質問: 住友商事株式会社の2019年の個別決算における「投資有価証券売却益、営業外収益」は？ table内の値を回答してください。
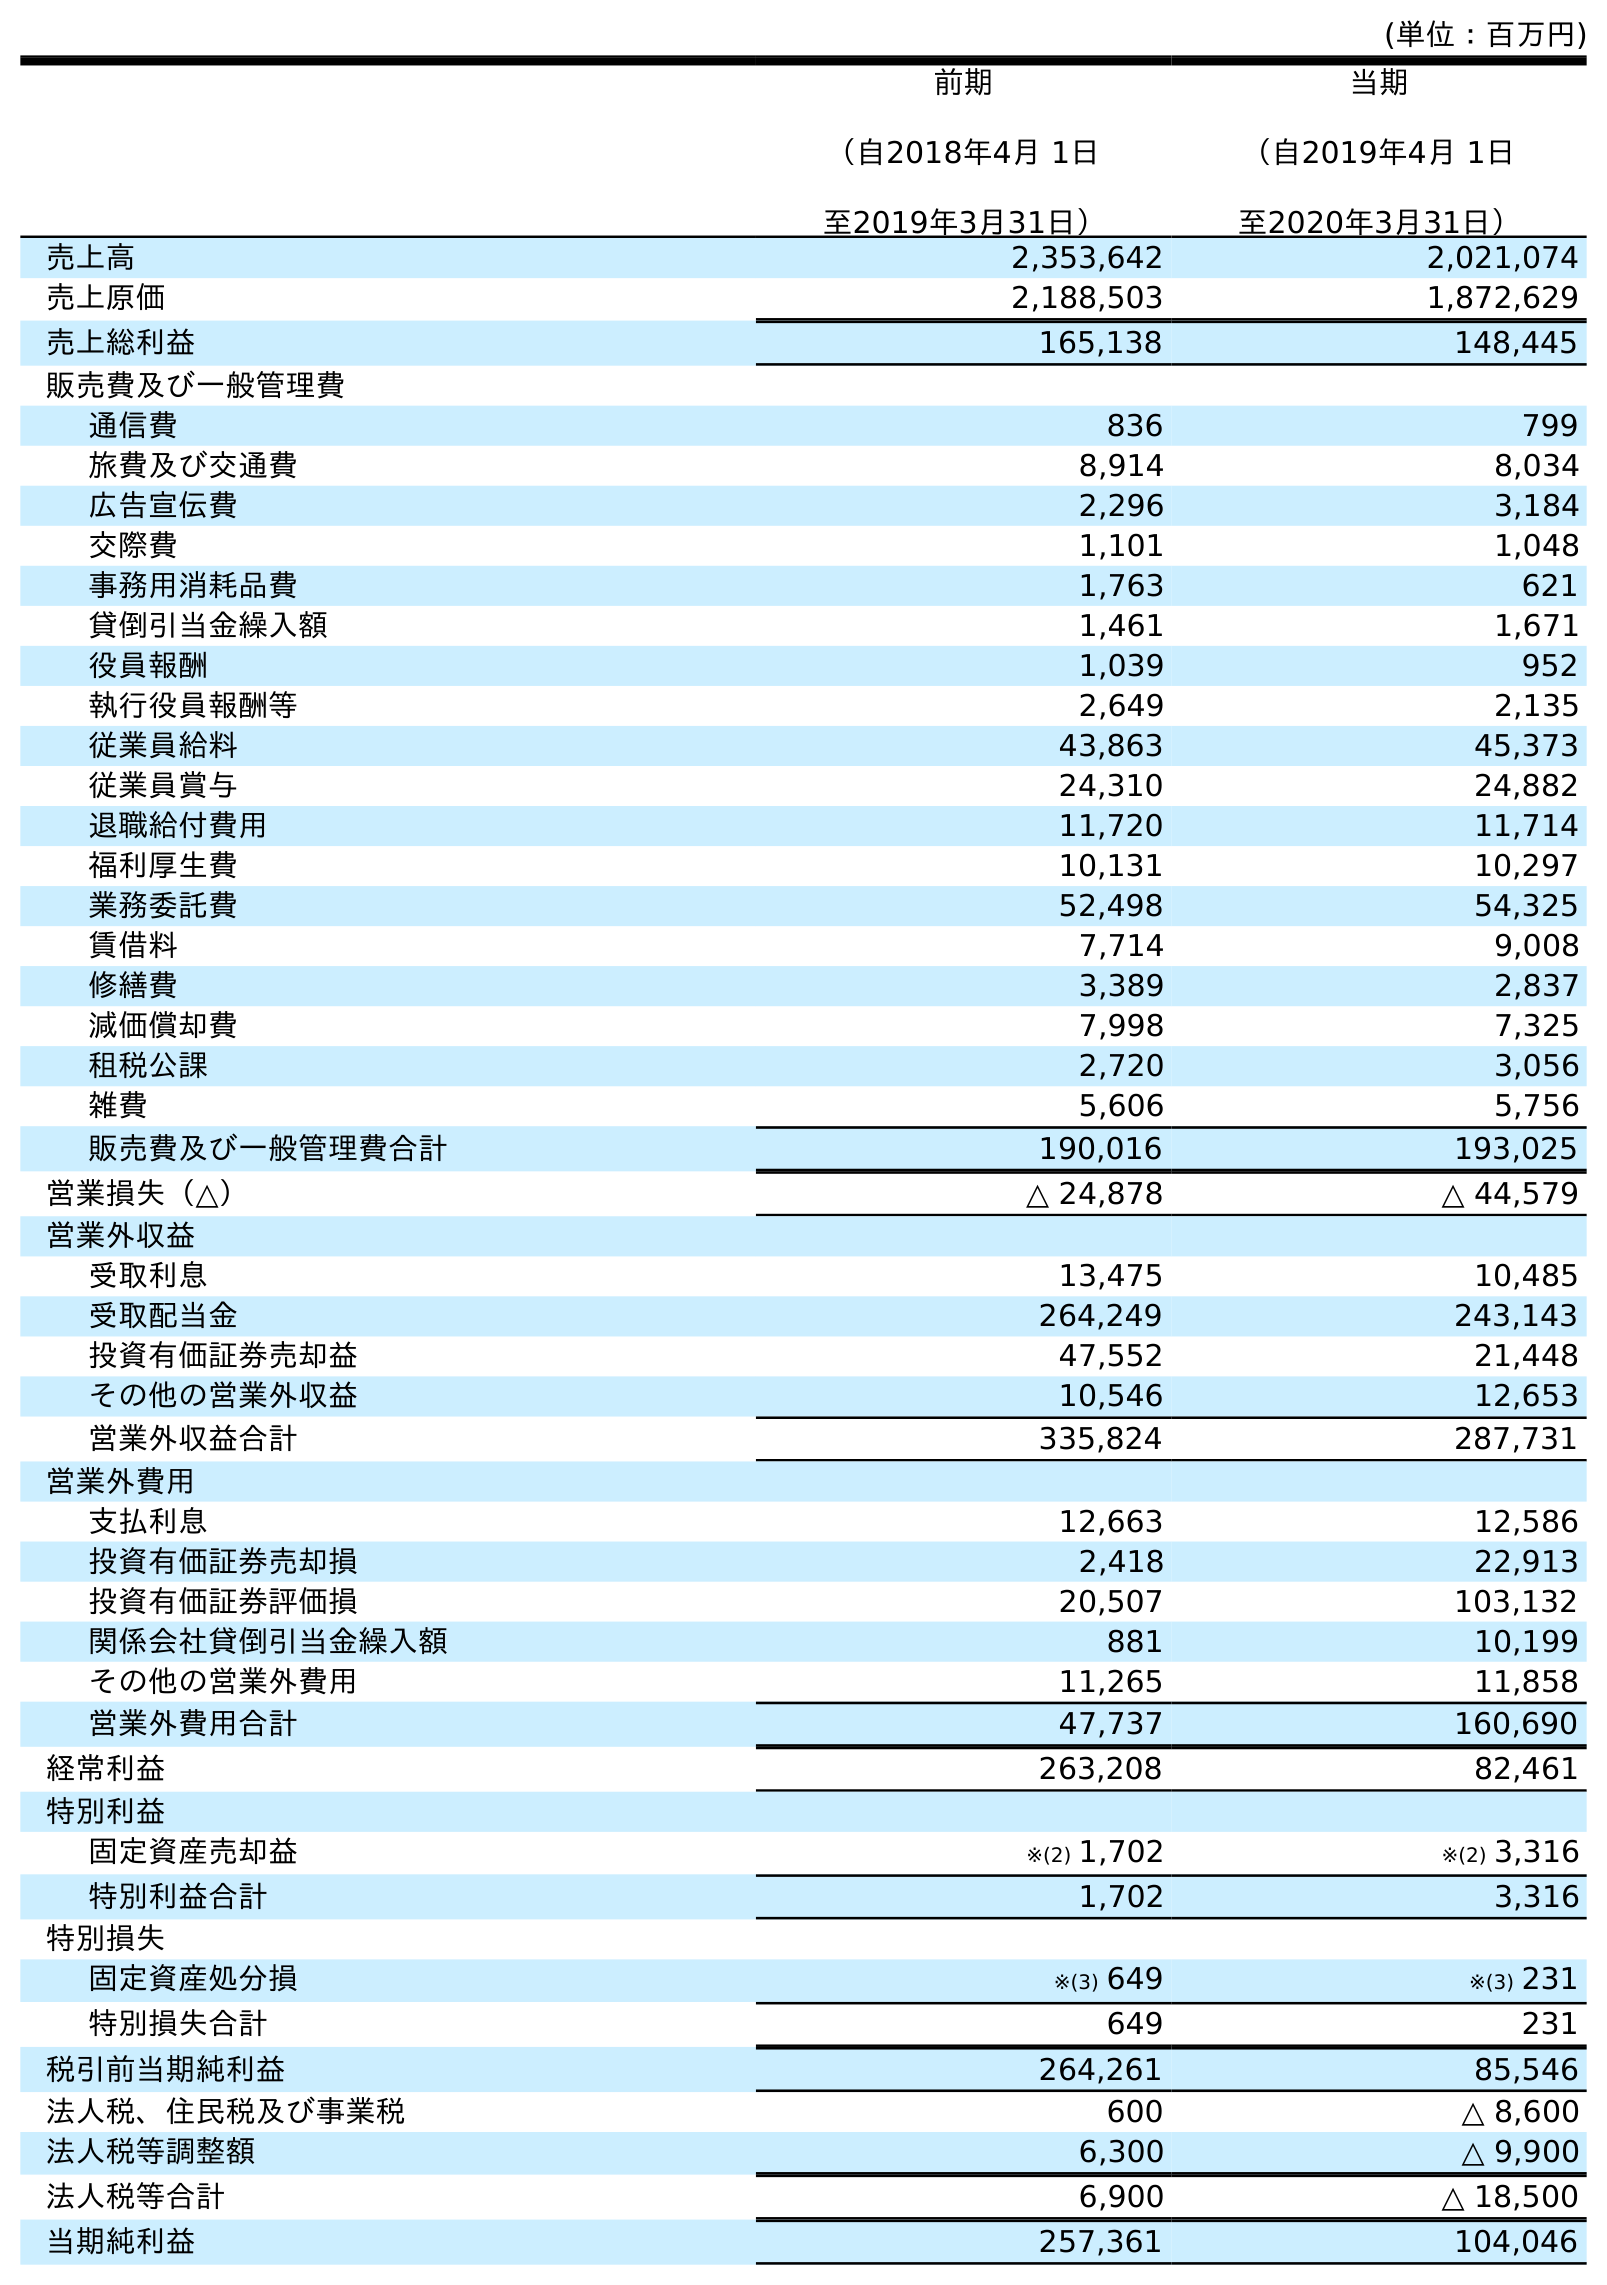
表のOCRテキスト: (単位：百万円) 前期 （自2018年4月 1日 至2019年3月31日） 当期 （自2019年4月 1日 至2020年3月31日） 売上高 2,353,642 2,021,074 売上原価 2,188,503 1,872,629 売上総利益 165,138 148,445 販売費及び一般管理費 通信費 836 799 旅費及び交通費 8,914 8,034 広告宣伝費 2,296 3,184 交際費 1,101 1,048 事務用消耗品費 1,763 621 貸倒引当金繰入額 1,461 1,671 役員報酬 1,039 952 執行役員報酬等 2,649 2,135 従業員給料 43,863 45,373 従業員賞与 24,310 24,882 退職給付費用 11,720 11,714 福利厚生費 10,131 10,297 業務委託費 52,498 54,325 賃借料 7,714 9,008 修繕費 3,389 2,837 減価償却費 7,998 7,325 租税公課 2,720 3,056 雑費 5,606 5,756 販売費及び一般管理費合計 190,016 193,025 営業損失（△） △ 24,878 △ 44,579 営業外収益 受取利息 13,475 10,485 受取配当金 264,249 243,143 投資有価証券売却益 47,552 21,448 その他の営業外収益 10,546 12,653 営業外収益合計 335,824 287,731 営業外費用 支払利息 12,663 12,586 投資有価証券売却損 2,418 22,913 投資有価証券評価損 20,507 103,132 関係会社貸倒引当金繰入額 881 10,199 その他の営業外費用 11,265 11,858 営業外費用合計 47,737 160,690 経常利益 263,208 82,461 特別利益 固定資産売却益 ※(2) 1,702 ※(2) 3,316 特別利益合計 1,702 3,316 特別損失 固定資産処分損 ※(3) 649 ※(3) 231 特別損失合計 649 231 税引前当期純利益 264,261 85,546 法人税、住民税及び事業税 600 △ 8,600 法人税等調整額 6,300 △ 9,900 法人税等合計 6,900 △ 18,500 当期純利益 257,361 104,046
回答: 47,552